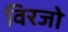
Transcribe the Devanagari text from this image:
विरजो